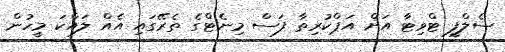
ސެލްފީ ޓްވިޓާ އަށް އަޕްކުރިތާ ފަސް މިނެޓްގެ ތެރޭގައި އެއް ލައްކަ މީހުން